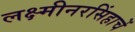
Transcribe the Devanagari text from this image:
लक्ष्मीनरसिंहाचें